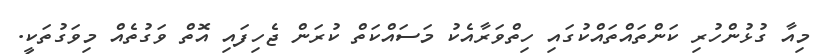
މިއާ ގުޅުންހުރި ކަންތައްތައްކުގައި ހިތްވަރާއެކު މަސައްކަތް ކުރަން ޖެހިފައި އޮތް ވަގުތެއް މިވަގުތަކީ.